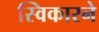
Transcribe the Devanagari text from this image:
स्विकारने